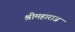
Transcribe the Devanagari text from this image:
श्रीमहाराज